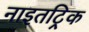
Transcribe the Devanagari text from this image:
नाइतट्रिक